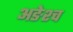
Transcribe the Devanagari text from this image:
अङेश्च